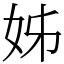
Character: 姊